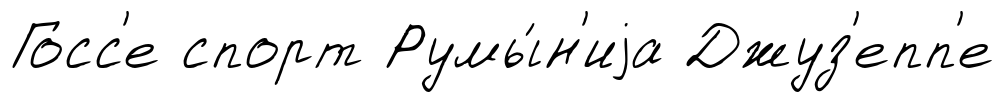
Госс'е спорт Румы́н'иjа Джуз'епп'е